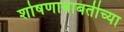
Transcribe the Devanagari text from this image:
शोषणाबाबतीच्या